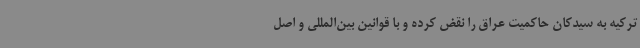
ترکیه به سیدکان حاکمیت عراق را نقض کرده و با قوانین بین‌المللی و اصل